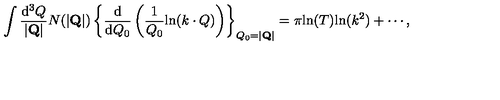
\int \frac { \mathrm { d } ^ { 3 } Q } { | { \bf Q } | } N ( | { \bf Q } | ) \left\{ \frac { \mathrm { d } } { \mathrm { d } Q _ { 0 } } \left( \frac { 1 } { Q _ { 0 } } \mathrm { l n } ( k \cdot Q ) \right) \right\} _ { Q _ { 0 } = | { \bf Q } | } = \pi \mathrm { l n } ( T ) \mathrm { l n } ( k ^ { 2 } ) + \cdots ,